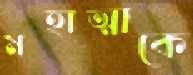
মহাত্মাকে